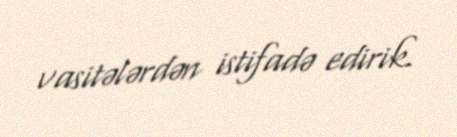
vasitələrdən istifadə edirik.